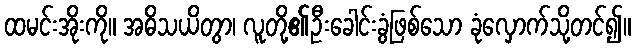
ထမင်းအိုးကို။ အဓိသယိတွာ၊ လူတို့၏ဦးခေါင်းခွံဖြစ်သော ခုံလှောက်သို့တင်၍။